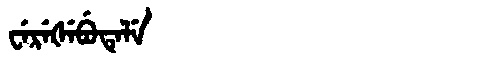
Manchu: ᠸᡝᡵᡝᡧᡝᠪᡠᡨᡝᠯᡝ
Romanization: WEREŠEBUTELE